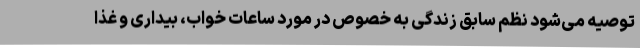
توصیه می‌شود نظم سابق زندگی به خصوص در مورد ساعات خواب، بیداری و غذا